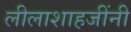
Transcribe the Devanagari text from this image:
लीलाशाहजींनी